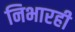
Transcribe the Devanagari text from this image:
निभारही